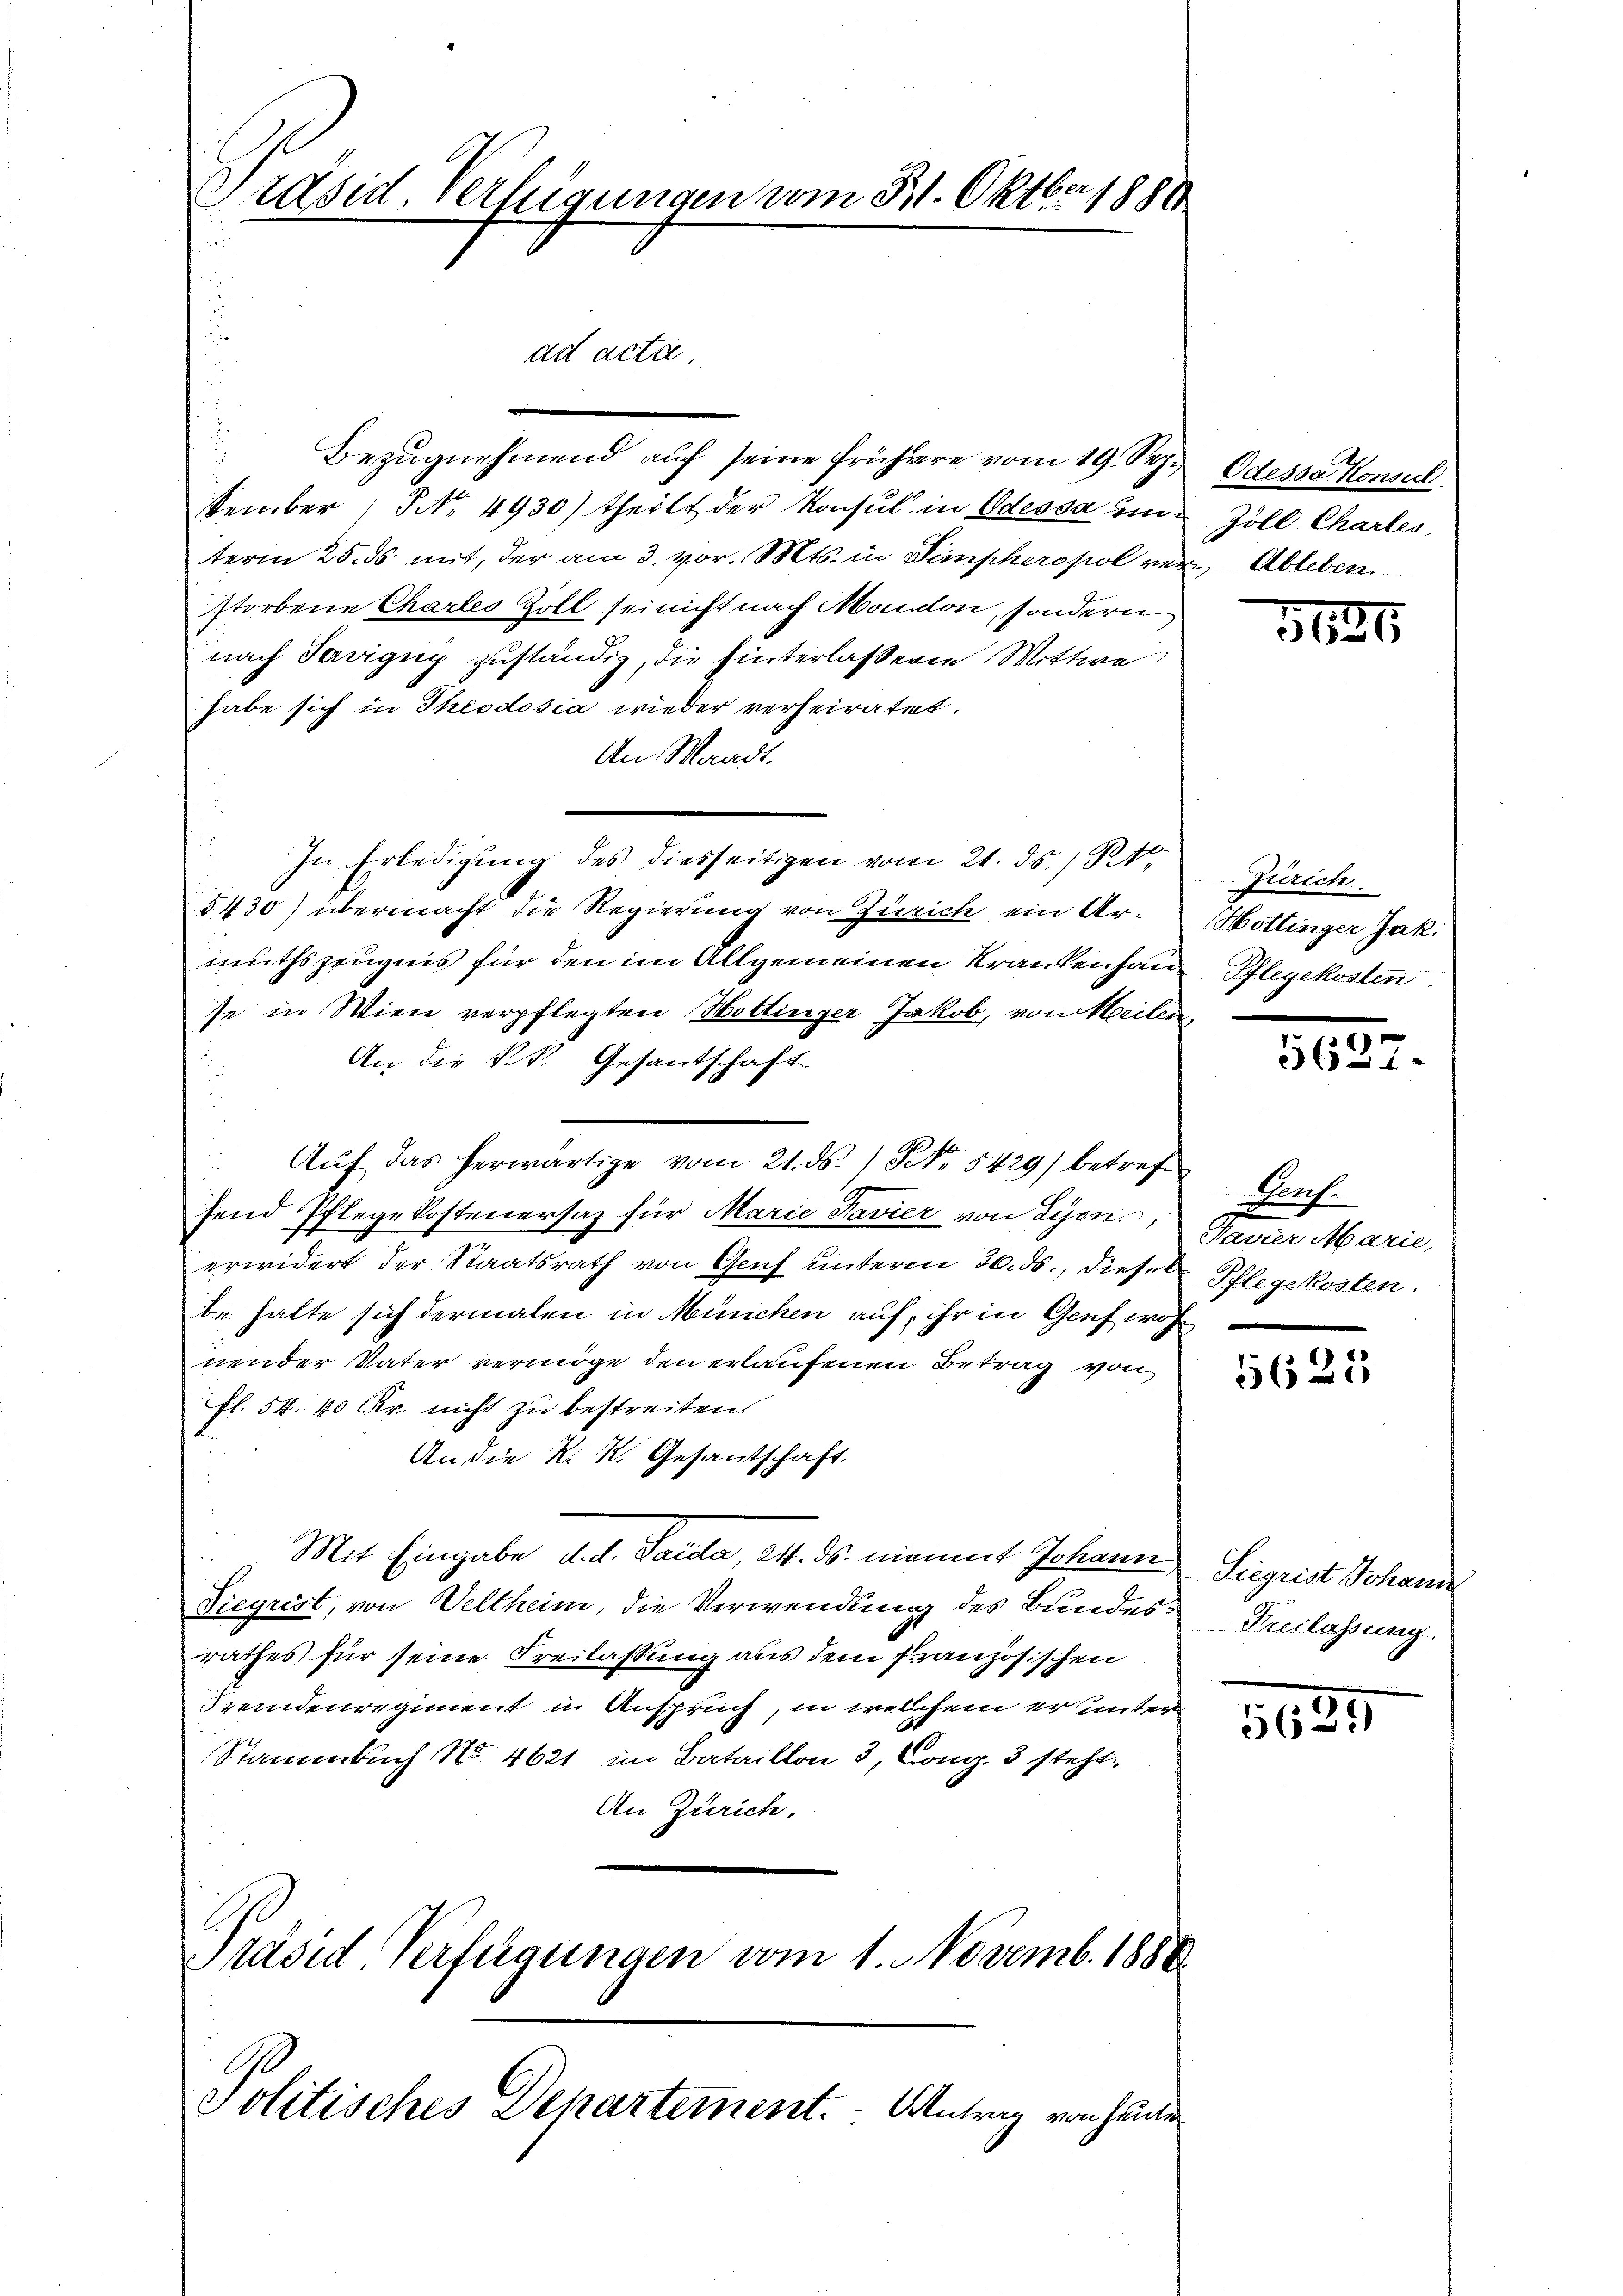
Präsid. Verfügungen vom 31. Oktbr 1881
ad acta

Bezŭgnehmend auf seine frühere vom 19. Sep. Odessa Konsul
stember, No. 4930) theilt der Konsul in Odessa im Zoll Charles
term 25. ds mit, der am 3. vor. Mts. in Simpheropol ver Ableben
storbene Charles Zoll sei nicht nach Mondon, sondern
nach Savigny zuständig, die hinterlassene Wittwe
habe sich in Theodosia wieder verheiratet.
An Waadt.
In Erledigung des diesseitigen vom 21. ds. / Rt.
.
§430) übermacht die Regierung von Zürich ein Ar-
mutszeugnis für den im Allgemeinen Krankenhaus
se in Wien verpflegten Wottinger Jakob, von Meilen
An die k.k. Gesandschaft
Aŭf das herwärtige vom 21. ds. / No. 5429) betref Gruf
send Pflegekostenersaz für Marie Pavier von Lyon,
erwidert der Staatsrath von Genf unterm 30. ds., dieser Schlegekosten
be halte sich dermalen in München auf, ihr in Genf woh
nender Vater vermöge den erlaufenen Betrag von
fl. 54. 40 Fr. nicht zu bestreiten.
An die K. K. Gesantschaft.
Mit Eingabe d. d. Sarda, 24. ds. nimmt Johann
Tiegrist, von Veltheim, die Verwendung des Bundesrrathes für seine Freilassung aus dem französischen
Fremdenregiment in Anspruch, in welchem er unter
Stammbach No. 4621 im Bataillon 3, Comp. 3 steht
An Zürich.
Präsid Verfügungen vom 1. Novemb. 1888.
Jolitisches Departement. Antrag von heute

1636

Zürich.
Hottinger Jak.
Pflegekosten

1829

Pavier Marie,

5625

Siegrist Johann
Preslassung

1631